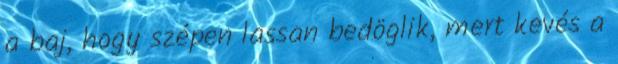
a baj, hogy szépen lassan bedöglik, mert kevés a